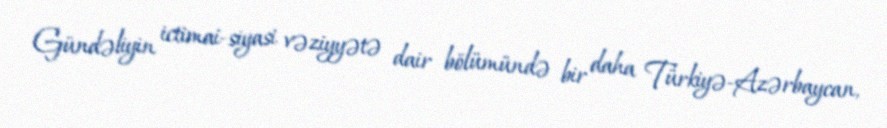
Gündəliyin ictimai-siyasi vəziyyətə dair bölümündə bir daha Türkiyə-Azərbaycan,